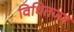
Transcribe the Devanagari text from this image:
विधितज्‍ज्ञ